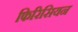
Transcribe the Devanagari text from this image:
फिरिसियन